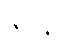
ဇဂ္ဂန္တိ